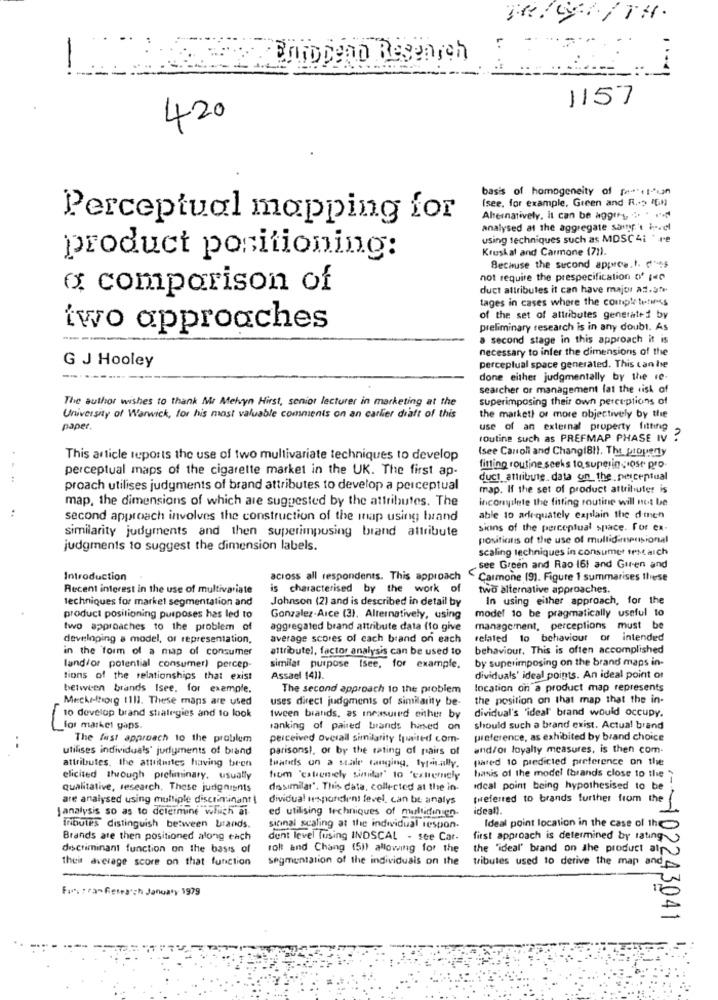
Briodenn Research
...
1157
420
basis of homogeneity of ( ** +1ªun
Isee, for example, Green and R .- > IEN
Perceptual mapping for
Alternatively, it can be aggtry ": "
analysed at the aggregate somp't ivel
using techniques such as MDSC 4i * re
Kruskal and Carmone (71).
product positioning:
Because the sucond approa.I. d'
not require the prespecification of (
a comparison of
duct altributes it can have major ad.3fr
tages in cases where the completetimes
of the set of attributes generated by
two approaches
preliminary research is in any doubt. As
a second stage in this approach it is
necessary to infer the dimensions of the
G J Hooley
perceptual space generated. This can be
done either judgmentally by the re-
searcher or management lat the risk of
The author wishes to thank Me Melvyn Hirst, senior lecturer in marketing at the
superimposing their own perceptions of
University of Warwick, for his most valuable comments on an carlier diaft of this
the marketi or more objectively by the
paper.
use of an external property fitting
routine such as PREFMAP PHASE IV ?
(see Caroli and Changi81). The property
This article reports the use of two multivariate techniques to develop
perceptual maps of the cigarette market in the UK. The first ap-
fitting routine seeks to superin ,rose pro
duct attribute. data on the perceptual
proach utilises judyments of brand attributes to develop a perceptual
map. If the set of product attributes is
map, the dimensions of which are suggested by the attributes. The
inconyilete the fitting routine will not be
second approach involves the construction of the map using brand
able 10 adequately explain the dimen
similarity judgments and then superimpusing brand attribute
signs of the perceptual space. For ex-
positions of the use of multidimensional
judgments 10 suggest the dimension labels.
scaling techniques in consumer testaich
see Green and Rao (6) and Giren and
Introduction
across all respondents. This approach
Carmone (9). Figure 1 summarises these
Recent interest in the use of multivariate
is characterised by the work of
two alternative approaches.
techniques for market segmentation and
Johnson (2) and is described in detail by
In using either approach, for the
model 10 be pragmatically useful to
product positioning purposes has led to
Gonzalez-Arce (3). Alternatively, using
two approaches to the problem of
aggregated brand attribute data (to give
management, perceptions must be
developing a model, or representation,
average scores of each brand on each
related to behaviour or intended
in the form of a map of consumer
attributel, factor analysis can be used to
behaviour. This is often accomplished
by superimposing on the brand maps in-
land/or potential consumer) percep
similar purpose Isee, for example.
tions of the relationships that exist
Assael (41).
dividuals' ideal points. An ideal point or
between brands Isee. for example.
The second approach to the problem
location on a product map represents
Meckelhorg 1111. These maps are used
uses direct judgments of similarity be-
the position on that map that the in-
dividual's "ideal' brand would occupy.
10 develop brand strategies and to look
tween biatids, as measured either by
for market gaps.
ranking of paired brands hased on
should such a brand exist. Actual brand
The first approach to the problem
perceived overall similarity tpaited com-
preference, as exhibited by brand choice
utilises individuals' judyments of brand
parisons !, or by the rating of pairs of
and/or loyalty measures, is then com-
pared 10 predicted preference on the
attributes. the attitantes having bron
thatitis on a stale tanging, typically.
elicited though preliminary. usually
from "catenely similar' to "extremely
basis of the model (brands close to the"
qualitative, research. These jurignisnts
dasimilar'. This data, collected at the in-
ideal point being hypothesised to be
are analysed using multiple discriminant
dividual usporelent level, can be analys
preferred to brands further from the
J analysis so as to determine which al
ed utilising techniques of multidingen.
ideal).
Tributes distinguish between brands.
signal scaling at the individual respon.
Ideal point location in the case of the
Brands are then positioned along each
dont level fusing INDSCAL - see Car.
first approach is determined by ratings
discriminant function on the basis of
rolt and Chang (51) allowing for the
the "ideal" brand on the product al
their average score on that function
segmentation of the individuals on the
tributes used to derive the map and
Fur: Tra-Research January 1979
:-- 102243041